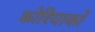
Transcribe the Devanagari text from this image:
कोरियाको